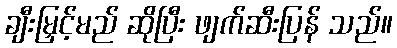
ချီးမြှင့်မည် ဆိုပြီး ဖျက်ဆီးပြန် သည်။